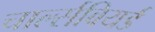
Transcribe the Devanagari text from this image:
चार्ल्सबियर्ड